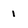
Character: 1